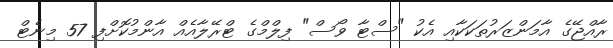
ރާއްޖޭގެ އާމަންޒަރުތަކަކާއި އެކު "ސްޓާ ވޯސް" ފިލްމްގެ ޓްރޭލާއެއް އާންމުކޮށްފި 57 މިނެޓް